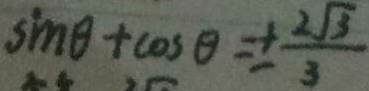
\sin \theta + \cos \theta = \pm \frac { 2 \sqrt { 3 } } { 3 }